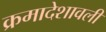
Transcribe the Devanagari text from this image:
क्रमादेशावली